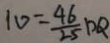
1 0 = \frac { 4 6 } { 2 5 } D Q